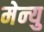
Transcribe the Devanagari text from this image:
मेन्‍यु